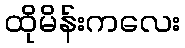
ထိုမိန်းကလေး